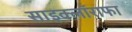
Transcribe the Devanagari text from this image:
साइक्लॉराफा